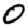
Digit: 0